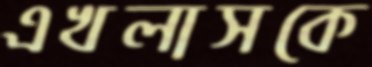
এখলাসকে